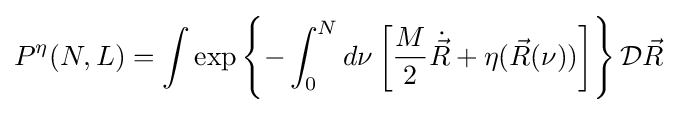
P^{\eta }(N,L)=\int \exp \left\{-\int _{0}^{N}d\nu \left[{\frac {M}{2}}{\dot {\vec {R}}}+\eta ({\vec {R}}(\nu ))\right]\right\}{\mathcal {D}}{\vec {R}}